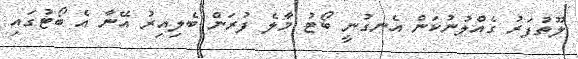
ލޫތުފަރު ގެއްލުނުކަން އެނގުނީ ބޯޓު މާލެ ފުރަން ބެލިއިރު އޭނާ އެ ބޯޓުގައި